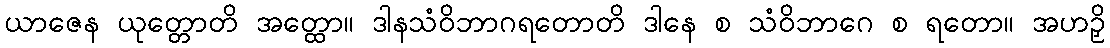
ယာဇေန ယုတ္တောတိ အတ္ထော။ ဒါနသံဝိဘာဂရတောတိ ဒါနေ စ သံဝိဘာဂေ စ ရတော။ အဟဉှိ